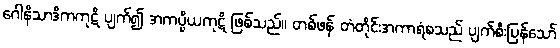
ဂေါနိသာဒိကကုဋိ ပျက်၍ အကပ္ပိယကုဋိ ဖြစ်သည်။ တစ်ဖန် တံတိုင်းအကာရံစသည် ပျက်စီးပြန်သော်